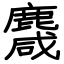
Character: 麙